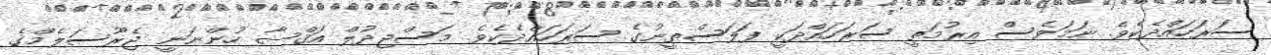
ސަރަހައްދެކެވެ. ނަމަވެސް އިރުމަތީ ސަރަހައްދަކީ ފަލަސްތީނުގެ ސަރަހައްދެކެވެ. މަސްޖިދުލް އަޤްޞާ ހުންނަނީ ޖެރޫސަލެމްގެ